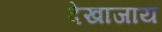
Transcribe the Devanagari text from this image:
देखाजाय